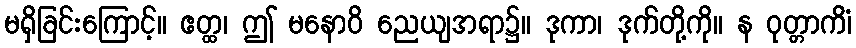
မရှိခြင်းကြောင့်။ ဧတ္ထ၊ ဤ မနောဝိ ညေယျအရာ၌။ ဒုကာ၊ ဒုက်တို့ကို။ န ဝုတ္တာကိံ၊